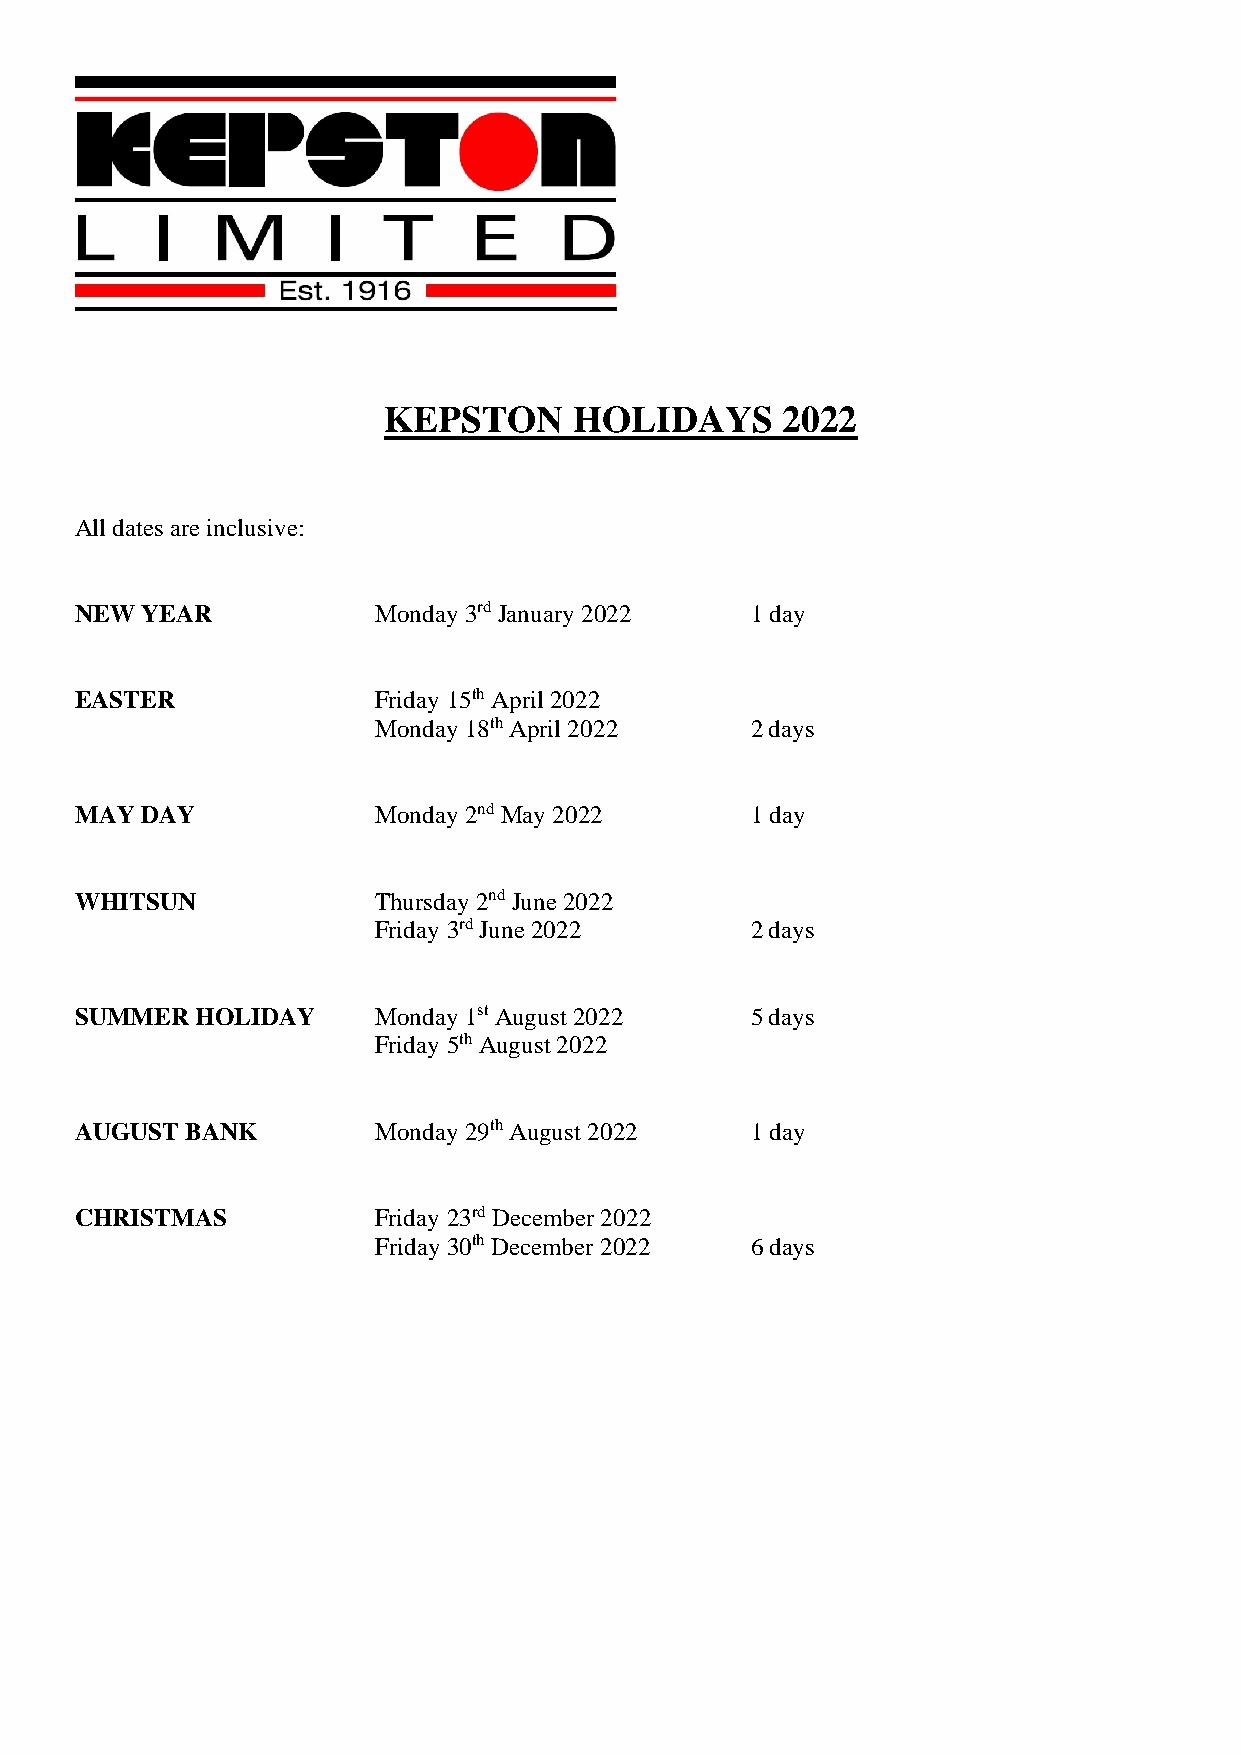
KEPSTON      HOLIDAYS      2022
 All dates are inclusive:
 NEW YEAR            Monday 3rd January 2022  1 day
 EASTER              Friday 15th April 2022
 Monday 18th April 2022   2 days
 MAY DAY             Monday 2nd May 2022      1 day
 WHITSUN             Thursday 2nd June 2022
 Friday 3rd June 2022     2 days
 SUMMER  HOLIDAY     Monday 1st August 2022   5 days
 Friday 5th August 2022
 AUGUST BANK         Monday 29th August 2022  1 day
 CHRISTMAS           Friday 23rd December 2022
 Friday 30th December 2022 6 days